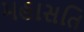
મહાસતિ